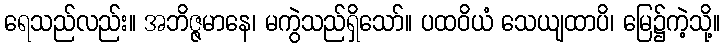
ရေသည်လည်း။ အဘိဇ္ဇမာနေ၊ မကွဲသည်ရှိသော်။ ပထဝိယံ သေယျထာပိ၊ မြေ၌ကဲ့သို့။